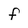
Character: f